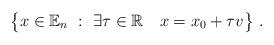
LaTeX: \begin{align*}\big\{x\in \mathbb{E}_n \ : \ \exists \tau\in \mathbb{R} \ \ \ x=x_0 + \tau v\big\}\ .\end{align*}